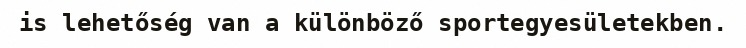
is lehetőség van a különböző sportegyesületekben.